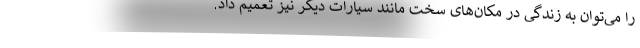
را می‌توان به زندگی در مکان‌های سخت مانند سیارات دیگر نیز تعمیم داد.